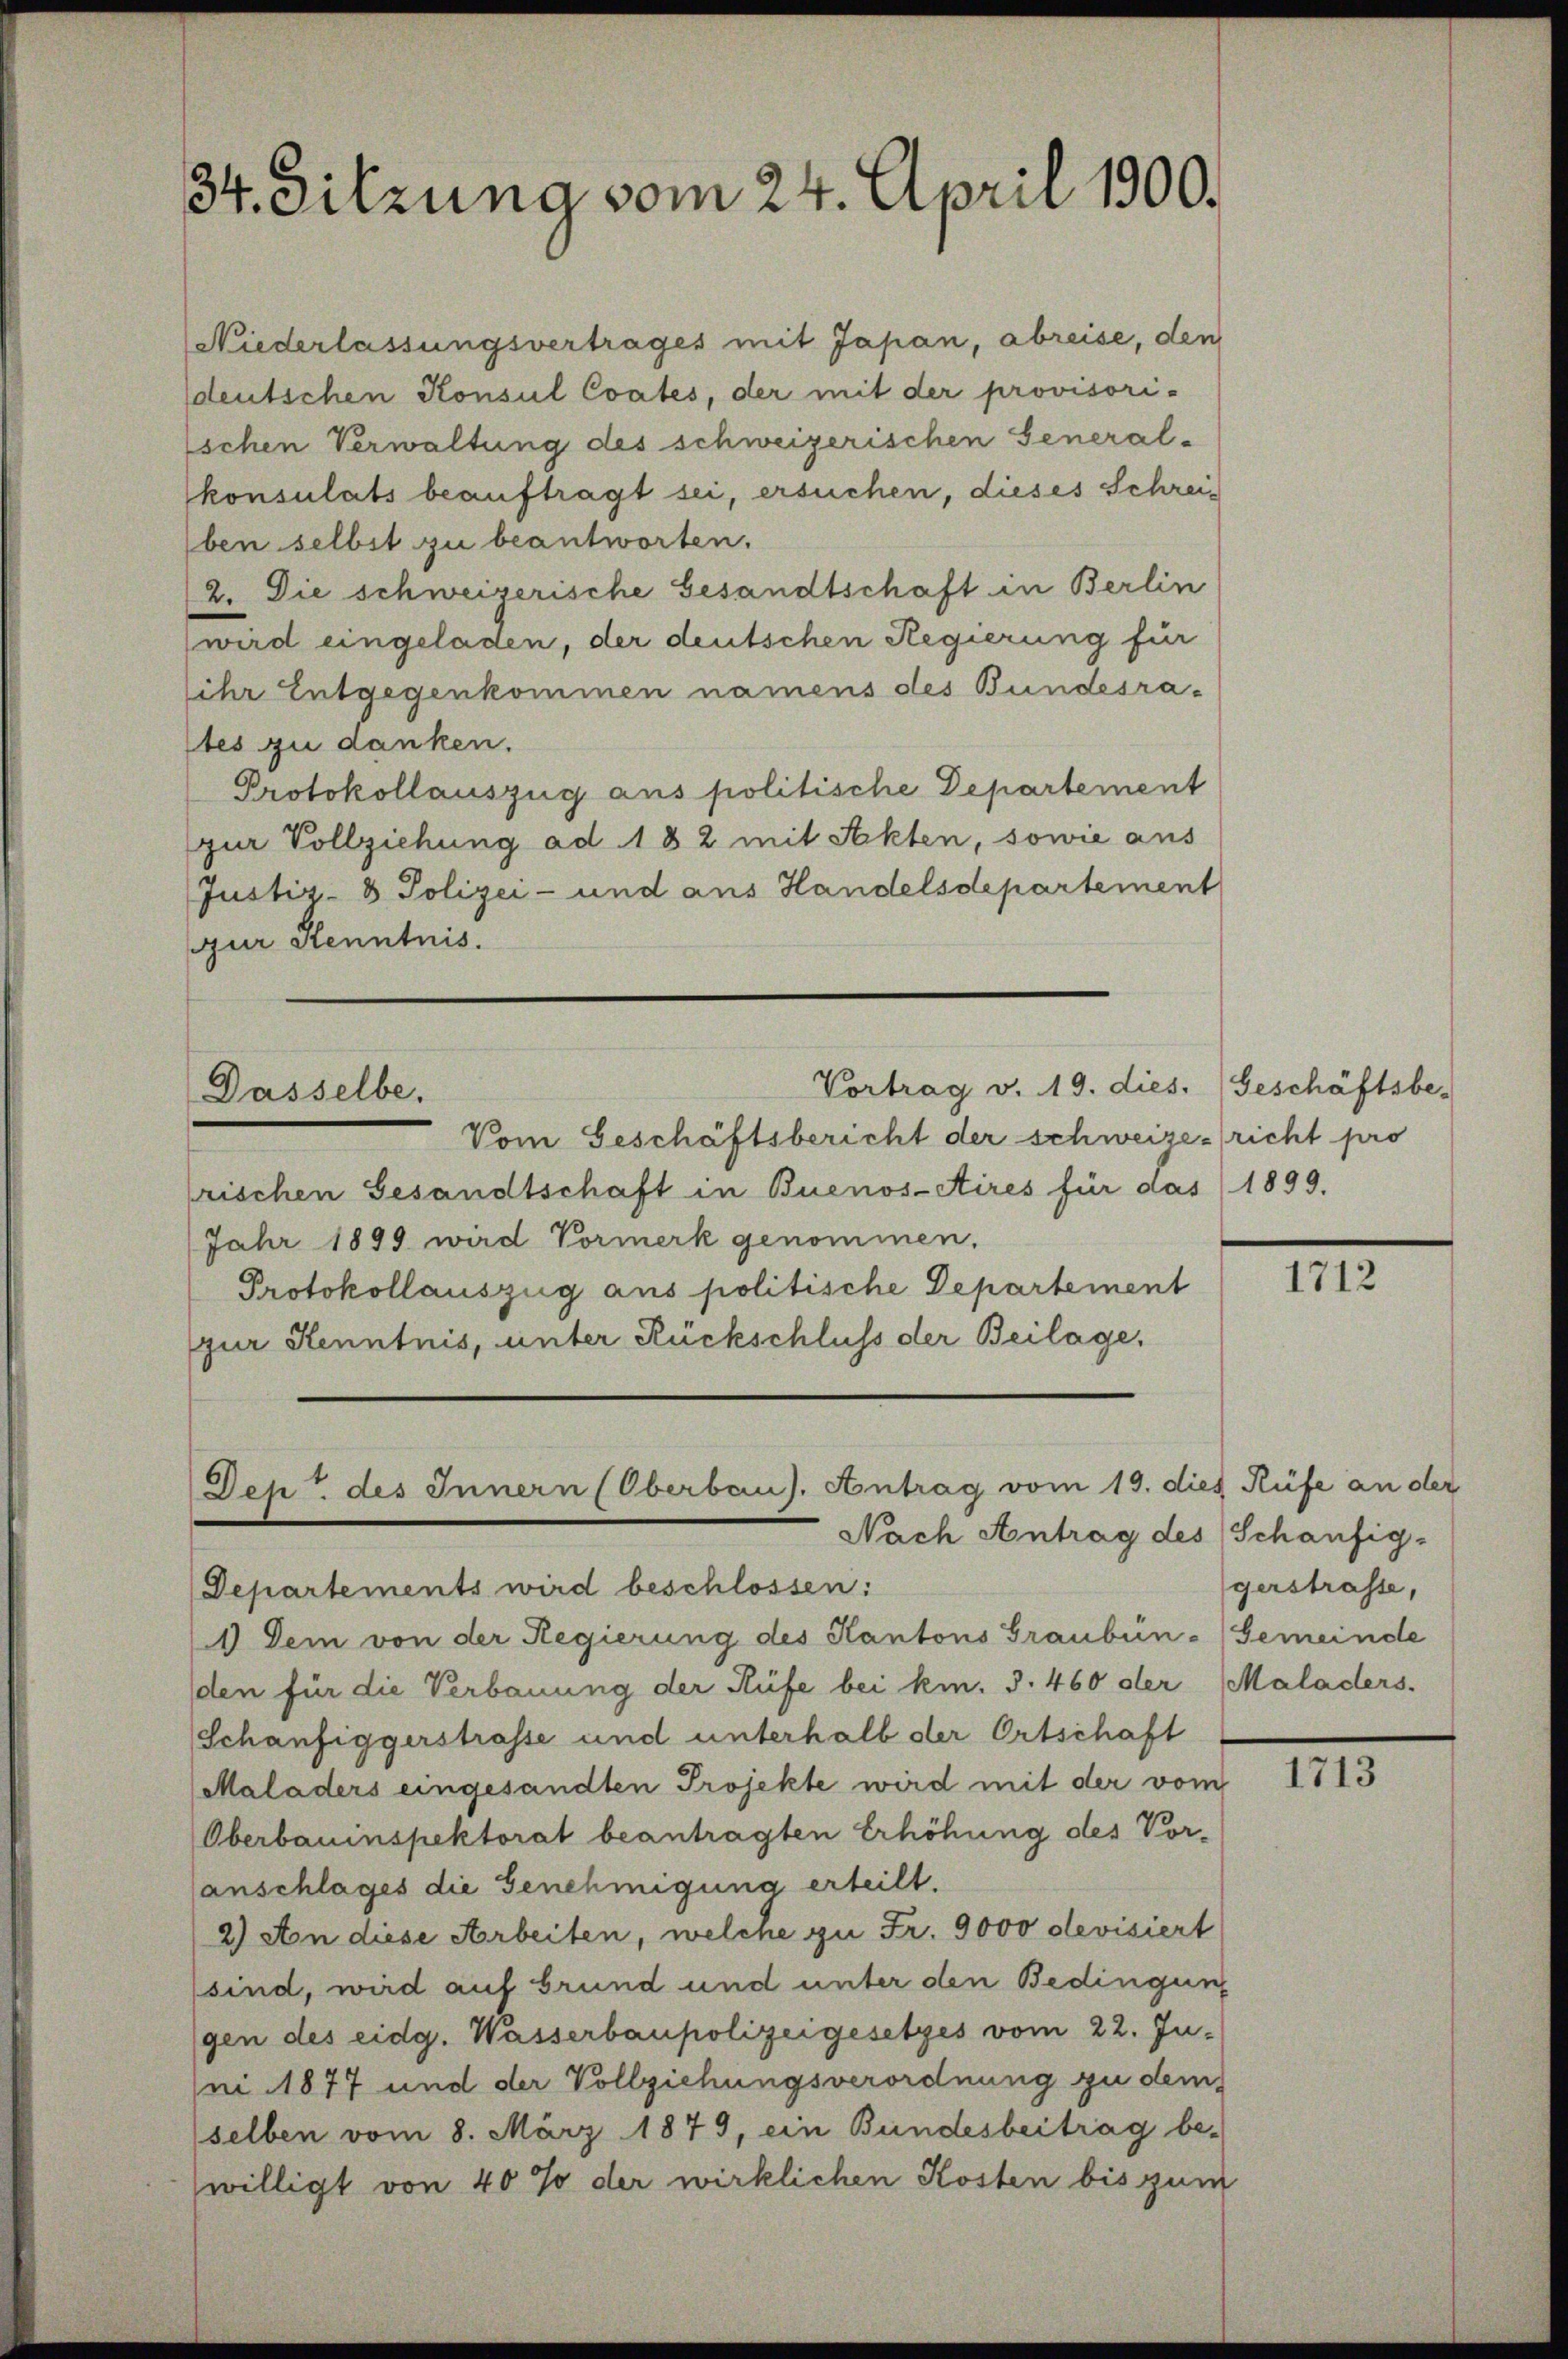
34. Sitzung vom 24. April 1900.

Niederlassungsvertrages mit Japan, abreise, den
sdeutschen Konsul Coates, der mit der provisori-
schen Verwaltung des schweizerischen General-
konsulats beauftragt sei, ersuchen, dieses Schreiben selbst zu beantworten.
2. Die schweizerische Gesandtschaft in Berlin
wird eingeladen, der deutschen Regierung für
sihr Entgegenkommen namens des Bundesrates zu danken.
Protokollauszug aus politische Departement
zur Vollziehung ad 182 mit Sekten, sowie aus
Justiz- & Polizei- und aus Handelsdepartement
zur Kenntnis.

Vom Geschäftsbericht der schweizericht pro
rischen Gesandtschaft in Buenos-Aires für das 1899.
Jahr 1899 wird Vormerk genommen.
Protokollauszug aus politische Departement
(zur Kenntnis, unter Rückschluss der Beilage,

Vortrag v. 19. dies. Geschäftsbe-
Dasselbe.

Den des Innern (Oberbaus. Antrag vom 19. dies Rüfe an der
Nach Antrag des (Schaufig-

Departements wird beschlossen:
1) Dem von der Regierung des Kantons Graubün- Gemeinde
(den für die Verbauung der Rüfe bei km. 3. 460 der Maladers.
Schänfiggerstrasse und unterhalb der Ortschaft
Maladers eingesandten Projekte wird mit der vom
Oberbauinspektorat beantragten Erhöhung des Vor-
anschlages die Genehmigung erteilt.
2) An diese Arbeiten, welche zu Fr. 9000 devisiert
sind, wird auf Grund und unter den Bedingung
gen des eidg. Wasserbaupolizeigesetzes vom 22. Juni 1877 und der Vollziehungsverordnung zu dem
selben vom 8. März 1879, ein Bundesbeitrag be-
willigt von 40% der wirklichen Kosten bis zum

1712

gerstrasse,

1713